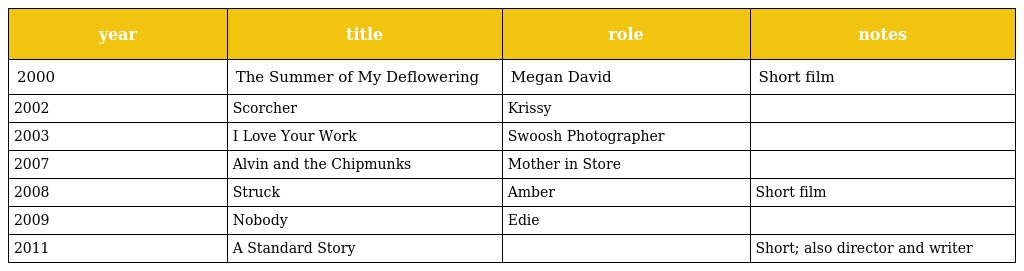
| year | title | role | notes |
 | --- | --- | --- | --- |
 | 2000 | The Summer of My Deflowering | Megan David | Short film |
 | 2002 | Scorcher | Krissy |  |
 | 2003 | I Love Your Work | Swoosh Photographer |  |
 | 2007 | Alvin and the Chipmunks | Mother in Store |  |
 | 2008 | Struck | Amber | Short film |
 | 2009 | Nobody | Edie |  |
 | 2011 | A Standard Story |  | Short; also director and writer |